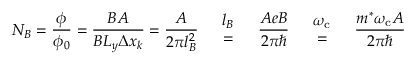
N _ { B } = { \frac { \phi } { \phi _ { 0 } } } = { \frac { B A } { B L _ { y } \Delta x _ { k } } } = { \frac { A } { 2 \pi l _ { B } ^ { 2 } } } { \begin{array} { l c r } & { l _ { B } } & \\ & { = } & \end{array} } { \frac { A e B } { 2 \pi \hbar } } { \begin{array} { l c r } & { \omega _ { \mathrm { { c } } } } & \\ & { = } & \end{array} } { \frac { m ^ { * } \omega _ { \mathrm { { c } } } A } { 2 \pi \hbar } }